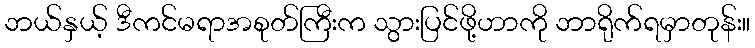
ဘယ်နှယ့် ဒီကင်မရာအစုတ်ကြီးက သွားပြင်ဖို့ဟာကို ဘာရိုက်ရမှာတုန်း။